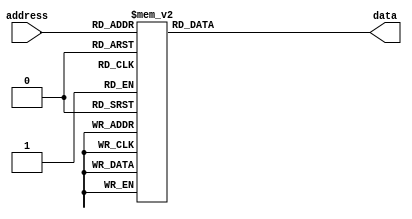
module WaveRomTwo(
	input wire [9:0] address,
	output reg [8:0] data
	);

always @(address)
begin
    case (address)
        0: data = 9'h0FF;
        1: data = 9'h116;
        2: data = 9'h12D;
        3: data = 9'h144;
        4: data = 9'h15A;
        5: data = 9'h16F;
        6: data = 9'h183;
        7: data = 9'h195;
        8: data = 9'h1A6;
        9: data = 9'h1B5;
       10: data = 9'h1C3;
       11: data = 9'h1CF;
       12: data = 9'h1D8;
       13: data = 9'h1E0;
       14: data = 9'h1E7;
       15: data = 9'h1EB;
       16: data = 9'h1ED;
       17: data = 9'h1EE;
       18: data = 9'h1EE;
       19: data = 9'h1EC;
       20: data = 9'h1E8;
       21: data = 9'h1E4;
       22: data = 9'h1DF;
       23: data = 9'h1D9;
       24: data = 9'h1D3;
       25: data = 9'h1CC;
       26: data = 9'h1C5;
       27: data = 9'h1BF;
       28: data = 9'h1B8;
       29: data = 9'h1B2;
       30: data = 9'h1AC;
       31: data = 9'h1A7;
       32: data = 9'h1A3;
       33: data = 9'h19F;
       34: data = 9'h19C;
       35: data = 9'h19A;
       36: data = 9'h198;
       37: data = 9'h197;
       38: data = 9'h197;
       39: data = 9'h197;
       40: data = 9'h198;
       41: data = 9'h199;
       42: data = 9'h19B;
       43: data = 9'h19D;
       44: data = 9'h19F;
       45: data = 9'h1A1;
       46: data = 9'h1A2;
       47: data = 9'h1A4;
       48: data = 9'h1A6;
       49: data = 9'h1A7;
       50: data = 9'h1A8;
       51: data = 9'h1A8;
       52: data = 9'h1A8;
       53: data = 9'h1A7;
       54: data = 9'h1A6;
       55: data = 9'h1A4;
       56: data = 9'h1A2;
       57: data = 9'h1A0;
       58: data = 9'h19D;
       59: data = 9'h19A;
       60: data = 9'h197;
       61: data = 9'h193;
       62: data = 9'h18F;
       63: data = 9'h18C;
       64: data = 9'h188;
       65: data = 9'h184;
       66: data = 9'h181;
       67: data = 9'h17E;
       68: data = 9'h17B;
       69: data = 9'h179;
       70: data = 9'h176;
       71: data = 9'h175;
       72: data = 9'h173;
       73: data = 9'h172;
       74: data = 9'h171;
       75: data = 9'h171;
       76: data = 9'h171;
       77: data = 9'h171;
       78: data = 9'h171;
       79: data = 9'h172;
       80: data = 9'h172;
       81: data = 9'h173;
       82: data = 9'h174;
       83: data = 9'h174;
       84: data = 9'h175;
       85: data = 9'h175;
       86: data = 9'h175;
       87: data = 9'h174;
       88: data = 9'h174;
       89: data = 9'h173;
       90: data = 9'h172;
       91: data = 9'h170;
       92: data = 9'h16E;
       93: data = 9'h16C;
       94: data = 9'h16A;
       95: data = 9'h167;
       96: data = 9'h165;
       97: data = 9'h162;
       98: data = 9'h15F;
       99: data = 9'h15C;
      100: data = 9'h159;
      101: data = 9'h156;
      102: data = 9'h153;
      103: data = 9'h151;
      104: data = 9'h14E;
      105: data = 9'h14C;
      106: data = 9'h14A;
      107: data = 9'h149;
      108: data = 9'h147;
      109: data = 9'h146;
      110: data = 9'h145;
      111: data = 9'h145;
      112: data = 9'h144;
      113: data = 9'h144;
      114: data = 9'h144;
      115: data = 9'h144;
      116: data = 9'h144;
      117: data = 9'h145;
      118: data = 9'h145;
      119: data = 9'h145;
      120: data = 9'h145;
      121: data = 9'h145;
      122: data = 9'h144;
      123: data = 9'h144;
      124: data = 9'h143;
      125: data = 9'h142;
      126: data = 9'h141;
      127: data = 9'h13F;
      128: data = 9'h13E;
      129: data = 9'h13C;
      130: data = 9'h13A;
      131: data = 9'h137;
      132: data = 9'h135;
      133: data = 9'h132;
      134: data = 9'h12F;
      135: data = 9'h12D;
      136: data = 9'h12A;
      137: data = 9'h128;
      138: data = 9'h125;
      139: data = 9'h123;
      140: data = 9'h120;
      141: data = 9'h11E;
      142: data = 9'h11D;
      143: data = 9'h11B;
      144: data = 9'h11A;
      145: data = 9'h118;
      146: data = 9'h118;
      147: data = 9'h117;
      148: data = 9'h116;
      149: data = 9'h116;
      150: data = 9'h116;
      151: data = 9'h116;
      152: data = 9'h116;
      153: data = 9'h116;
      154: data = 9'h116;
      155: data = 9'h116;
      156: data = 9'h116;
      157: data = 9'h115;
      158: data = 9'h115;
      159: data = 9'h114;
      160: data = 9'h114;
      161: data = 9'h113;
      162: data = 9'h111;
      163: data = 9'h110;
      164: data = 9'h10E;
      165: data = 9'h10C;
      166: data = 9'h10A;
      167: data = 9'h108;
      168: data = 9'h105;
      169: data = 9'h103;
      170: data = 9'h100;
      171: data = 9'h0FE;
      172: data = 9'h0FB;
      173: data = 9'h0F8;
      174: data = 9'h0F6;
      175: data = 9'h0F4;
      176: data = 9'h0F2;
      177: data = 9'h0F0;
      178: data = 9'h0EE;
      179: data = 9'h0EC;
      180: data = 9'h0EB;
      181: data = 9'h0EA;
      182: data = 9'h0E9;
      183: data = 9'h0E8;
      184: data = 9'h0E8;
      185: data = 9'h0E7;
      186: data = 9'h0E7;
      187: data = 9'h0E7;
      188: data = 9'h0E7;
      189: data = 9'h0E7;
      190: data = 9'h0E7;
      191: data = 9'h0E7;
      192: data = 9'h0E7;
      193: data = 9'h0E7;
      194: data = 9'h0E6;
      195: data = 9'h0E6;
      196: data = 9'h0E5;
      197: data = 9'h0E4;
      198: data = 9'h0E3;
      199: data = 9'h0E1;
      200: data = 9'h0DF;
      201: data = 9'h0DD;
      202: data = 9'h0DB;
      203: data = 9'h0D9;
      204: data = 9'h0D6;
      205: data = 9'h0D4;
      206: data = 9'h0D1;
      207: data = 9'h0CE;
      208: data = 9'h0CC;
      209: data = 9'h0C9;
      210: data = 9'h0C7;
      211: data = 9'h0C4;
      212: data = 9'h0C2;
      213: data = 9'h0C0;
      214: data = 9'h0BE;
      215: data = 9'h0BD;
      216: data = 9'h0BB;
      217: data = 9'h0BA;
      218: data = 9'h0B9;
      219: data = 9'h0B9;
      220: data = 9'h0B8;
      221: data = 9'h0B8;
      222: data = 9'h0B8;
      223: data = 9'h0B8;
      224: data = 9'h0B8;
      225: data = 9'h0B9;
      226: data = 9'h0B9;
      227: data = 9'h0B9;
      228: data = 9'h0B9;
      229: data = 9'h0B9;
      230: data = 9'h0B8;
      231: data = 9'h0B8;
      232: data = 9'h0B7;
      233: data = 9'h0B6;
      234: data = 9'h0B5;
      235: data = 9'h0B3;
      236: data = 9'h0B1;
      237: data = 9'h0AF;
      238: data = 9'h0AD;
      239: data = 9'h0AA;
      240: data = 9'h0A8;
      241: data = 9'h0A5;
      242: data = 9'h0A2;
      243: data = 9'h09F;
      244: data = 9'h09C;
      245: data = 9'h099;
      246: data = 9'h096;
      247: data = 9'h094;
      248: data = 9'h091;
      249: data = 9'h08F;
      250: data = 9'h08D;
      251: data = 9'h08C;
      252: data = 9'h08A;
      253: data = 9'h089;
      254: data = 9'h089;
      255: data = 9'h088;
      256: data = 9'h088;
      257: data = 9'h088;
      258: data = 9'h089;
      259: data = 9'h089;
      260: data = 9'h08A;
      261: data = 9'h08A;
      262: data = 9'h08B;
      263: data = 9'h08B;
      264: data = 9'h08C;
      265: data = 9'h08C;
      266: data = 9'h08C;
      267: data = 9'h08C;
      268: data = 9'h08B;
      269: data = 9'h08A;
      270: data = 9'h089;
      271: data = 9'h087;
      272: data = 9'h085;
      273: data = 9'h083;
      274: data = 9'h080;
      275: data = 9'h07D;
      276: data = 9'h07A;
      277: data = 9'h076;
      278: data = 9'h073;
      279: data = 9'h06F;
      280: data = 9'h06B;
      281: data = 9'h068;
      282: data = 9'h064;
      283: data = 9'h061;
      284: data = 9'h05E;
      285: data = 9'h05B;
      286: data = 9'h059;
      287: data = 9'h057;
      288: data = 9'h056;
      289: data = 9'h055;
      290: data = 9'h055;
      291: data = 9'h055;
      292: data = 9'h056;
      293: data = 9'h057;
      294: data = 9'h058;
      295: data = 9'h05A;
      296: data = 9'h05C;
      297: data = 9'h05E;
      298: data = 9'h060;
      299: data = 9'h062;
      300: data = 9'h063;
      301: data = 9'h065;
      302: data = 9'h066;
      303: data = 9'h066;
      304: data = 9'h066;
      305: data = 9'h065;
      306: data = 9'h064;
      307: data = 9'h062;
      308: data = 9'h05F;
      309: data = 9'h05B;
      310: data = 9'h057;
      311: data = 9'h052;
      312: data = 9'h04D;
      313: data = 9'h047;
      314: data = 9'h040;
      315: data = 9'h03A;
      316: data = 9'h033;
      317: data = 9'h02C;
      318: data = 9'h026;
      319: data = 9'h020;
      320: data = 9'h01B;
      321: data = 9'h016;
      322: data = 9'h012;
      323: data = 9'h010;
      324: data = 9'h00F;
      325: data = 9'h00F;
      326: data = 9'h011;
      327: data = 9'h015;
      328: data = 9'h01A;
      329: data = 9'h022;
      330: data = 9'h02B;
      331: data = 9'h036;
      332: data = 9'h043;
      333: data = 9'h052;
      334: data = 9'h062;
      335: data = 9'h074;
      336: data = 9'h088;
      337: data = 9'h09C;
      338: data = 9'h0B2;
      339: data = 9'h0C8;
      340: data = 9'h0DF;
      341: data = 9'h0F7;
      342: data = 9'h10E;
      343: data = 9'h125;
      344: data = 9'h13C;
      345: data = 9'h153;
      346: data = 9'h168;
      347: data = 9'h17C;
      348: data = 9'h18F;
      349: data = 9'h1A1;
      350: data = 9'h1B0;
      351: data = 9'h1BF;
      352: data = 9'h1CB;
      353: data = 9'h1D5;
      354: data = 9'h1DE;
      355: data = 9'h1E5;
      356: data = 9'h1EA;
      357: data = 9'h1ED;
      358: data = 9'h1EE;
      359: data = 9'h1EE;
      360: data = 9'h1EC;
      361: data = 9'h1EA;
      362: data = 9'h1E6;
      363: data = 9'h1E1;
      364: data = 9'h1DB;
      365: data = 9'h1D5;
      366: data = 9'h1CE;
      367: data = 9'h1C8;
      368: data = 9'h1C1;
      369: data = 9'h1BA;
      370: data = 9'h1B4;
      371: data = 9'h1AE;
      372: data = 9'h1A9;
      373: data = 9'h1A4;
      374: data = 9'h1A0;
      375: data = 9'h19D;
      376: data = 9'h19A;
      377: data = 9'h199;
      378: data = 9'h197;
      379: data = 9'h197;
      380: data = 9'h197;
      381: data = 9'h198;
      382: data = 9'h199;
      383: data = 9'h19A;
      384: data = 9'h19C;
      385: data = 9'h19E;
      386: data = 9'h1A0;
      387: data = 9'h1A2;
      388: data = 9'h1A4;
      389: data = 9'h1A5;
      390: data = 9'h1A6;
      391: data = 9'h1A7;
      392: data = 9'h1A8;
      393: data = 9'h1A8;
      394: data = 9'h1A7;
      395: data = 9'h1A6;
      396: data = 9'h1A5;
      397: data = 9'h1A3;
      398: data = 9'h1A1;
      399: data = 9'h19E;
      400: data = 9'h19B;
      401: data = 9'h198;
      402: data = 9'h194;
      403: data = 9'h191;
      404: data = 9'h18D;
      405: data = 9'h189;
      406: data = 9'h186;
      407: data = 9'h182;
      408: data = 9'h17F;
      409: data = 9'h17C;
      410: data = 9'h179;
      411: data = 9'h177;
      412: data = 9'h175;
      413: data = 9'h174;
      414: data = 9'h172;
      415: data = 9'h172;
      416: data = 9'h171;
      417: data = 9'h171;
      418: data = 9'h171;
      419: data = 9'h171;
      420: data = 9'h172;
      421: data = 9'h172;
      422: data = 9'h173;
      423: data = 9'h174;
      424: data = 9'h174;
      425: data = 9'h174;
      426: data = 9'h175;
      427: data = 9'h175;
      428: data = 9'h175;
      429: data = 9'h174;
      430: data = 9'h173;
      431: data = 9'h172;
      432: data = 9'h171;
      433: data = 9'h16F;
      434: data = 9'h16D;
      435: data = 9'h16B;
      436: data = 9'h168;
      437: data = 9'h166;
      438: data = 9'h163;
      439: data = 9'h160;
      440: data = 9'h15D;
      441: data = 9'h15A;
      442: data = 9'h157;
      443: data = 9'h154;
      444: data = 9'h152;
      445: data = 9'h14F;
      446: data = 9'h14D;
      447: data = 9'h14B;
      448: data = 9'h149;
      449: data = 9'h148;
      450: data = 9'h147;
      451: data = 9'h146;
      452: data = 9'h145;
      453: data = 9'h145;
      454: data = 9'h144;
      455: data = 9'h144;
      456: data = 9'h144;
      457: data = 9'h144;
      458: data = 9'h145;
      459: data = 9'h145;
      460: data = 9'h145;
      461: data = 9'h145;
      462: data = 9'h145;
      463: data = 9'h144;
      464: data = 9'h144;
      465: data = 9'h143;
      466: data = 9'h142;
      467: data = 9'h141;
      468: data = 9'h140;
      469: data = 9'h13E;
      470: data = 9'h13C;
      471: data = 9'h13A;
      472: data = 9'h138;
      473: data = 9'h136;
      474: data = 9'h133;
      475: data = 9'h130;
      476: data = 9'h12E;
      477: data = 9'h12B;
      478: data = 9'h128;
      479: data = 9'h126;
      480: data = 9'h123;
      481: data = 9'h121;
      482: data = 9'h11F;
      483: data = 9'h11D;
      484: data = 9'h11B;
      485: data = 9'h11A;
      486: data = 9'h119;
      487: data = 9'h118;
      488: data = 9'h117;
      489: data = 9'h117;
      490: data = 9'h116;
      491: data = 9'h116;
      492: data = 9'h116;
      493: data = 9'h116;
      494: data = 9'h116;
      495: data = 9'h116;
      496: data = 9'h116;
      497: data = 9'h116;
      498: data = 9'h116;
      499: data = 9'h115;
      500: data = 9'h115;
      501: data = 9'h114;
      502: data = 9'h113;
      503: data = 9'h112;
      504: data = 9'h110;
      505: data = 9'h10F;
      506: data = 9'h10D;
      507: data = 9'h10B;
      508: data = 9'h109;
      509: data = 9'h106;
      510: data = 9'h104;
      511: data = 9'h101;
      512: data = 9'h0FF;
      513: data = 9'h0FC;
      514: data = 9'h0F9;
      515: data = 9'h0F7;
      516: data = 9'h0F4;
      517: data = 9'h0F2;
      518: data = 9'h0F0;
      519: data = 9'h0EE;
      520: data = 9'h0ED;
      521: data = 9'h0EB;
      522: data = 9'h0EA;
      523: data = 9'h0E9;
      524: data = 9'h0E8;
      525: data = 9'h0E8;
      526: data = 9'h0E7;
      527: data = 9'h0E7;
      528: data = 9'h0E7;
      529: data = 9'h0E7;
      530: data = 9'h0E7;
      531: data = 9'h0E7;
      532: data = 9'h0E7;
      533: data = 9'h0E7;
      534: data = 9'h0E7;
      535: data = 9'h0E6;
      536: data = 9'h0E6;
      537: data = 9'h0E5;
      538: data = 9'h0E4;
      539: data = 9'h0E3;
      540: data = 9'h0E2;
      541: data = 9'h0E0;
      542: data = 9'h0DE;
      543: data = 9'h0DC;
      544: data = 9'h0DA;
      545: data = 9'h0D7;
      546: data = 9'h0D5;
      547: data = 9'h0D2;
      548: data = 9'h0CF;
      549: data = 9'h0CD;
      550: data = 9'h0CA;
      551: data = 9'h0C7;
      552: data = 9'h0C5;
      553: data = 9'h0C3;
      554: data = 9'h0C1;
      555: data = 9'h0BF;
      556: data = 9'h0BD;
      557: data = 9'h0BC;
      558: data = 9'h0BB;
      559: data = 9'h0BA;
      560: data = 9'h0B9;
      561: data = 9'h0B9;
      562: data = 9'h0B8;
      563: data = 9'h0B8;
      564: data = 9'h0B8;
      565: data = 9'h0B8;
      566: data = 9'h0B8;
      567: data = 9'h0B9;
      568: data = 9'h0B9;
      569: data = 9'h0B9;
      570: data = 9'h0B9;
      571: data = 9'h0B8;
      572: data = 9'h0B8;
      573: data = 9'h0B7;
      574: data = 9'h0B6;
      575: data = 9'h0B5;
      576: data = 9'h0B4;
      577: data = 9'h0B2;
      578: data = 9'h0B0;
      579: data = 9'h0AE;
      580: data = 9'h0AB;
      581: data = 9'h0A9;
      582: data = 9'h0A6;
      583: data = 9'h0A3;
      584: data = 9'h0A0;
      585: data = 9'h09D;
      586: data = 9'h09A;
      587: data = 9'h097;
      588: data = 9'h095;
      589: data = 9'h092;
      590: data = 9'h090;
      591: data = 9'h08E;
      592: data = 9'h08C;
      593: data = 9'h08B;
      594: data = 9'h08A;
      595: data = 9'h089;
      596: data = 9'h088;
      597: data = 9'h088;
      598: data = 9'h088;
      599: data = 9'h089;
      600: data = 9'h089;
      601: data = 9'h089;
      602: data = 9'h08A;
      603: data = 9'h08B;
      604: data = 9'h08B;
      605: data = 9'h08C;
      606: data = 9'h08C;
      607: data = 9'h08C;
      608: data = 9'h08C;
      609: data = 9'h08B;
      610: data = 9'h08B;
      611: data = 9'h089;
      612: data = 9'h088;
      613: data = 9'h086;
      614: data = 9'h084;
      615: data = 9'h081;
      616: data = 9'h07E;
      617: data = 9'h07B;
      618: data = 9'h077;
      619: data = 9'h074;
      620: data = 9'h070;
      621: data = 9'h06C;
      622: data = 9'h069;
      623: data = 9'h065;
      624: data = 9'h062;
      625: data = 9'h05F;
      626: data = 9'h05C;
      627: data = 9'h05A;
      628: data = 9'h058;
      629: data = 9'h057;
      630: data = 9'h056;
      631: data = 9'h055;
      632: data = 9'h055;
      633: data = 9'h056;
      634: data = 9'h057;
      635: data = 9'h058;
      636: data = 9'h059;
      637: data = 9'h05B;
      638: data = 9'h05D;
      639: data = 9'h05F;
      640: data = 9'h061;
      641: data = 9'h063;
      642: data = 9'h064;
      643: data = 9'h065;
      644: data = 9'h066;
      645: data = 9'h066;
      646: data = 9'h066;
      647: data = 9'h064;
      648: data = 9'h063;
      649: data = 9'h060;
      650: data = 9'h05D;
      651: data = 9'h059;
      652: data = 9'h054;
      653: data = 9'h04F;
      654: data = 9'h049;
      655: data = 9'h043;
      656: data = 9'h03C;
      657: data = 9'h035;
      658: data = 9'h02F;
      659: data = 9'h028;
      660: data = 9'h022;
      661: data = 9'h01C;
      662: data = 9'h017;
      663: data = 9'h013;
      664: data = 9'h011;
      665: data = 9'h00F;
      666: data = 9'h00F;
      667: data = 9'h010;
      668: data = 9'h013;
      669: data = 9'h018;
      670: data = 9'h01F;
      671: data = 9'h028;
      672: data = 9'h032;
      673: data = 9'h03E;
      674: data = 9'h04D;
      675: data = 9'h05C;
      676: data = 9'h06E;
      677: data = 9'h081;
      678: data = 9'h095;
      679: data = 9'h0AA;
      680: data = 9'h0C1;
      681: data = 9'h0D8;
      682: data = 9'h0EF;
      683: data = 9'h106;
      684: data = 9'h11E;
      685: data = 9'h135;
      686: data = 9'h14B;
      687: data = 9'h161;
      688: data = 9'h175;
      689: data = 9'h189;
      690: data = 9'h19B;
      691: data = 9'h1AB;
      692: data = 9'h1BA;
      693: data = 9'h1C7;
      694: data = 9'h1D2;
      695: data = 9'h1DB;
      696: data = 9'h1E3;
      697: data = 9'h1E8;
      698: data = 9'h1EC;
      699: data = 9'h1EE;
      700: data = 9'h1EE;
      701: data = 9'h1ED;
      702: data = 9'h1EB;
      703: data = 9'h1E7;
      704: data = 9'h1E2;
      705: data = 9'h1DD;
      706: data = 9'h1D7;
      707: data = 9'h1D1;
      708: data = 9'h1CA;
      709: data = 9'h1C3;
      710: data = 9'h1BD;
      711: data = 9'h1B6;
      712: data = 9'h1B0;
      713: data = 9'h1AB;
      714: data = 9'h1A6;
      715: data = 9'h1A2;
      716: data = 9'h19E;
      717: data = 9'h19B;
      718: data = 9'h199;
      719: data = 9'h198;
      720: data = 9'h197;
      721: data = 9'h197;
      722: data = 9'h197;
      723: data = 9'h198;
      724: data = 9'h19A;
      725: data = 9'h19B;
      726: data = 9'h19D;
      727: data = 9'h19F;
      728: data = 9'h1A1;
      729: data = 9'h1A3;
      730: data = 9'h1A5;
      731: data = 9'h1A6;
      732: data = 9'h1A7;
      733: data = 9'h1A8;
      734: data = 9'h1A8;
      735: data = 9'h1A8;
      736: data = 9'h1A7;
      737: data = 9'h1A6;
      738: data = 9'h1A4;
      739: data = 9'h1A2;
      740: data = 9'h19F;
      741: data = 9'h19C;
      742: data = 9'h199;
      743: data = 9'h195;
      744: data = 9'h192;
      745: data = 9'h18E;
      746: data = 9'h18A;
      747: data = 9'h187;
      748: data = 9'h183;
      749: data = 9'h180;
      750: data = 9'h17D;
      751: data = 9'h17A;
      752: data = 9'h178;
      753: data = 9'h176;
      754: data = 9'h174;
      755: data = 9'h173;
      756: data = 9'h172;
      757: data = 9'h171;
      758: data = 9'h171;
      759: data = 9'h171;
      760: data = 9'h171;
      761: data = 9'h172;
      762: data = 9'h172;
      763: data = 9'h173;
      764: data = 9'h173;
      765: data = 9'h174;
      766: data = 9'h174;
      767: data = 9'h175;
      768: data = 9'h175;
      769: data = 9'h175;
      770: data = 9'h174;
      771: data = 9'h174;
      772: data = 9'h173;
      773: data = 9'h171;
      774: data = 9'h170;
      775: data = 9'h16E;
      776: data = 9'h16C;
      777: data = 9'h169;
      778: data = 9'h167;
      779: data = 9'h164;
      780: data = 9'h161;
      781: data = 9'h15E;
      782: data = 9'h15B;
      783: data = 9'h158;
      784: data = 9'h155;
      785: data = 9'h153;
      786: data = 9'h150;
      787: data = 9'h14E;
      788: data = 9'h14C;
      789: data = 9'h14A;
      790: data = 9'h148;
      791: data = 9'h147;
      792: data = 9'h146;
      793: data = 9'h145;
      794: data = 9'h145;
      795: data = 9'h144;
      796: data = 9'h144;
      797: data = 9'h144;
      798: data = 9'h144;
      799: data = 9'h144;
      800: data = 9'h145;
      801: data = 9'h145;
      802: data = 9'h145;
      803: data = 9'h145;
      804: data = 9'h145;
      805: data = 9'h144;
      806: data = 9'h144;
      807: data = 9'h143;
      808: data = 9'h142;
      809: data = 9'h140;
      810: data = 9'h13F;
      811: data = 9'h13D;
      812: data = 9'h13B;
      813: data = 9'h139;
      814: data = 9'h136;
      815: data = 9'h134;
      816: data = 9'h131;
      817: data = 9'h12F;
      818: data = 9'h12C;
      819: data = 9'h129;
      820: data = 9'h127;
      821: data = 9'h124;
      822: data = 9'h122;
      823: data = 9'h120;
      824: data = 9'h11E;
      825: data = 9'h11C;
      826: data = 9'h11A;
      827: data = 9'h119;
      828: data = 9'h118;
      829: data = 9'h117;
      830: data = 9'h117;
      831: data = 9'h116;
      832: data = 9'h116;
      833: data = 9'h116;
      834: data = 9'h116;
      835: data = 9'h116;
      836: data = 9'h116;
      837: data = 9'h116;
      838: data = 9'h116;
      839: data = 9'h116;
      840: data = 9'h115;
      841: data = 9'h115;
      842: data = 9'h114;
      843: data = 9'h113;
      844: data = 9'h112;
      845: data = 9'h111;
      846: data = 9'h10F;
      847: data = 9'h10D;
      848: data = 9'h10B;
      849: data = 9'h109;
      850: data = 9'h107;
      851: data = 9'h105;
      852: data = 9'h102;
      853: data = 9'h0FF;
      854: data = 9'h0FD;
      855: data = 9'h0FA;
      856: data = 9'h0F8;
      857: data = 9'h0F5;
      858: data = 9'h0F3;
      859: data = 9'h0F1;
      860: data = 9'h0EF;
      861: data = 9'h0ED;
      862: data = 9'h0EC;
      863: data = 9'h0EA;
      864: data = 9'h0E9;
      865: data = 9'h0E9;
      866: data = 9'h0E8;
      867: data = 9'h0E8;
      868: data = 9'h0E7;
      869: data = 9'h0E7;
      870: data = 9'h0E7;
      871: data = 9'h0E7;
      872: data = 9'h0E7;
      873: data = 9'h0E7;
      874: data = 9'h0E7;
      875: data = 9'h0E7;
      876: data = 9'h0E7;
      877: data = 9'h0E6;
      878: data = 9'h0E5;
      879: data = 9'h0E5;
      880: data = 9'h0E3;
      881: data = 9'h0E2;
      882: data = 9'h0E0;
      883: data = 9'h0DF;
      884: data = 9'h0DD;
      885: data = 9'h0DA;
      886: data = 9'h0D8;
      887: data = 9'h0D5;
      888: data = 9'h0D3;
      889: data = 9'h0D0;
      890: data = 9'h0CE;
      891: data = 9'h0CB;
      892: data = 9'h0C8;
      893: data = 9'h0C6;
      894: data = 9'h0C3;
      895: data = 9'h0C1;
      896: data = 9'h0BF;
      897: data = 9'h0BE;
      898: data = 9'h0BC;
      899: data = 9'h0BB;
      900: data = 9'h0BA;
      901: data = 9'h0B9;
      902: data = 9'h0B9;
      903: data = 9'h0B8;
      904: data = 9'h0B8;
      905: data = 9'h0B8;
      906: data = 9'h0B8;
      907: data = 9'h0B8;
      908: data = 9'h0B9;
      909: data = 9'h0B9;
      910: data = 9'h0B9;
      911: data = 9'h0B9;
      912: data = 9'h0B9;
      913: data = 9'h0B8;
      914: data = 9'h0B8;
      915: data = 9'h0B7;
      916: data = 9'h0B6;
      917: data = 9'h0B4;
      918: data = 9'h0B3;
      919: data = 9'h0B1;
      920: data = 9'h0AF;
      921: data = 9'h0AC;
      922: data = 9'h0AA;
      923: data = 9'h0A7;
      924: data = 9'h0A4;
      925: data = 9'h0A1;
      926: data = 9'h09E;
      927: data = 9'h09B;
      928: data = 9'h098;
      929: data = 9'h096;
      930: data = 9'h093;
      931: data = 9'h091;
      932: data = 9'h08F;
      933: data = 9'h08D;
      934: data = 9'h08B;
      935: data = 9'h08A;
      936: data = 9'h089;
      937: data = 9'h089;
      938: data = 9'h088;
      939: data = 9'h088;
      940: data = 9'h088;
      941: data = 9'h089;
      942: data = 9'h089;
      943: data = 9'h08A;
      944: data = 9'h08B;
      945: data = 9'h08B;
      946: data = 9'h08C;
      947: data = 9'h08C;
      948: data = 9'h08C;
      949: data = 9'h08C;
      950: data = 9'h08C;
      951: data = 9'h08B;
      952: data = 9'h08A;
      953: data = 9'h088;
      954: data = 9'h087;
      955: data = 9'h084;
      956: data = 9'h082;
      957: data = 9'h07F;
      958: data = 9'h07C;
      959: data = 9'h079;
      960: data = 9'h075;
      961: data = 9'h071;
      962: data = 9'h06E;
      963: data = 9'h06A;
      964: data = 9'h066;
      965: data = 9'h063;
      966: data = 9'h060;
      967: data = 9'h05D;
      968: data = 9'h05B;
      969: data = 9'h059;
      970: data = 9'h057;
      971: data = 9'h056;
      972: data = 9'h055;
      973: data = 9'h055;
      974: data = 9'h055;
      975: data = 9'h056;
      976: data = 9'h057;
      977: data = 9'h059;
      978: data = 9'h05B;
      979: data = 9'h05C;
      980: data = 9'h05E;
      981: data = 9'h060;
      982: data = 9'h062;
      983: data = 9'h064;
      984: data = 9'h065;
      985: data = 9'h066;
      986: data = 9'h066;
      987: data = 9'h066;
      988: data = 9'h065;
      989: data = 9'h063;
      990: data = 9'h061;
      991: data = 9'h05E;
      992: data = 9'h05A;
      993: data = 9'h056;
      994: data = 9'h051;
      995: data = 9'h04B;
      996: data = 9'h045;
      997: data = 9'h03E;
      998: data = 9'h038;
      999: data = 9'h031;
     1000: data = 9'h02A;
     1001: data = 9'h024;
     1002: data = 9'h01E;
     1003: data = 9'h019;
     1004: data = 9'h015;
     1005: data = 9'h011;
     1006: data = 9'h00F;
     1007: data = 9'h00F;
     1008: data = 9'h010;
     1009: data = 9'h012;
     1010: data = 9'h016;
     1011: data = 9'h01D;
     1012: data = 9'h025;
     1013: data = 9'h02E;
     1014: data = 9'h03A;
     1015: data = 9'h048;
     1016: data = 9'h057;
     1017: data = 9'h068;
     1018: data = 9'h07A;
     1019: data = 9'h08E;
     1020: data = 9'h0A3;
     1021: data = 9'h0B9;
     1022: data = 9'h0D0;
     1023: data = 9'h0E7;
    endcase
end

endmodule